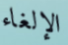
الإلغاء